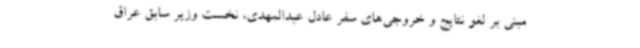
مبنی بر لغو نتایج و خروجی‌های سفر عادل عبدالمهدی، نخست وزیر سابق عراق